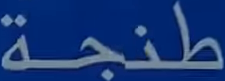
طنجة